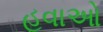
હવાઓ